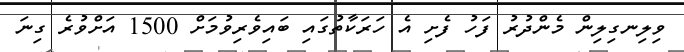
ވިލިނގިލިން މެންދުރު ފަހު ފެެށި އެ ހަރަކާތުގައި ބައިވެރިވުމަށް 1500 އަށްވުރެ ގިނަ